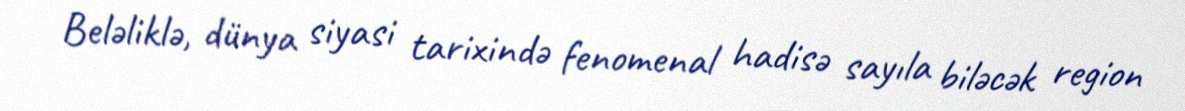
Beləliklə, dünya siyasi tarixində fenomenal hadisə sayıla biləcək region